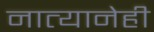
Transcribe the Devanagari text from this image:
नात्यानेही